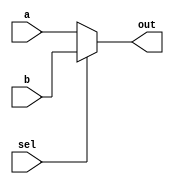
`timescale 1ns/1ns

module ShifterMux( out, a, b, sel );

	output out ;
	input a, b, sel ;

	assign out = ( sel ) ? b : a ;

endmodule